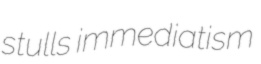
stulls immediatism